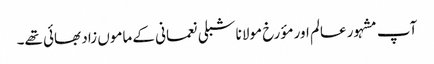
آپ مشہور عالم اور مؤرخ مولانا شبلی نعمانی کے ماموں زاد بھائی تھے۔